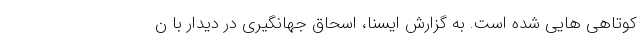
کوتاهی هایی شده است. به گزارش ایسنا، اسحاق جهانگیری در دیدار با ن